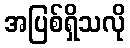
အပြစ်ရှိသလို